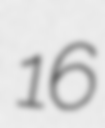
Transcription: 16